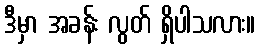
ဒီမှာ အခန်း လွတ် ရှိပါသလား။